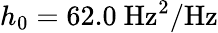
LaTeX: h_{0}=62.0~\mathrm{Hz^{2}/Hz}